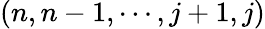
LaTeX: (n,n-1,\cdots,j+1,j)